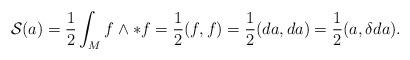
LaTeX: \begin{align*}{\cal S}(a) = \frac{1}{2} \int_{M} f \wedge *f = \frac{1}{2}(f,f) =\frac{1}{2} (da, da) = \frac{1}{2}(a, \delta d a).\end{align*}